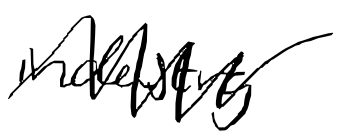
Text: industry
Cross-out: zig-zag
Writing tool: digital_black